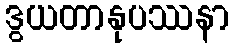
ဒွယတာနုပဿနာ